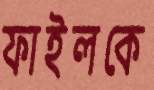
ফাইলকে